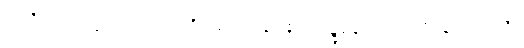
အာဒိတော ပဋ္ဌာယ ယာဝ ပရိယောသာနာ ဧကဗျဉ္ဇနေပိဿ ကင်္ခါ နာဟောသိ။